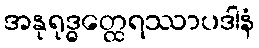
အနုရုဒ္ဓတ္ထေရဿာပဒါနံ